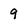
Character: 9